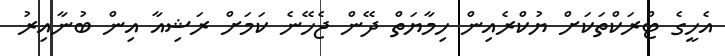
އެހީގެ ޓްރަކްތަކަށް ޔުކްރެއިން ހިމާޔަތް ދޭން ޖެހޭނެ ކަމަށް ރަޝިއާ އިން ބުނާއިރު